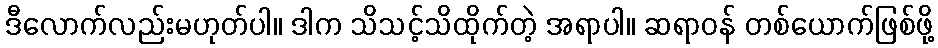
ဒီလောက်လည်းမဟုတ်ပါ။ ဒါက သိသင့်သိထိုက်တဲ့ အရာပါ။ ဆရာဝန် တစ်ယောက်ဖြစ်ဖို့